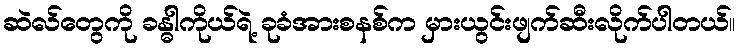
ဆဲလ်တွေကို ခန္ဓါကိုယ်ရဲ့ ခုခံအားစနစ်က မှားယွင်းဖျက်ဆီးလိုက်ပါတယ်။